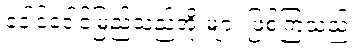
ဒေါင်ဒေါင်မြည်သည့်အိုးများ ဖြစ်ကြသည်။